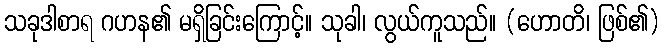
သခုဒါစာရ ဂဟန၏ မရှိခြင်းကြောင့်။ သုခါ၊ လွယ်ကူသည်။ (ဟောတိ၊ ဖြစ်၏)